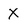
Character: X